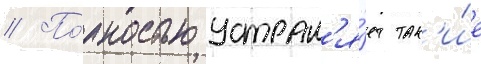
// По́лностью устран'я́ет так'и́е